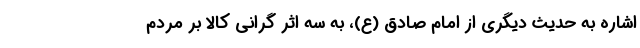
اشاره به حدیث دیگری از امام صادق (ع)، به سه اثر گرانی کالا بر مردم